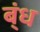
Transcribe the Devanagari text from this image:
ब्ंध